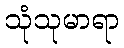
သုံသုမာရာ